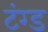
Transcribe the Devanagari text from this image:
टंग्ड